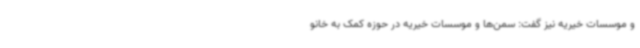
و موسسات خیریه نیز گفت: سمن‌ها و موسسات خیریه در حوزه کمک به خانو